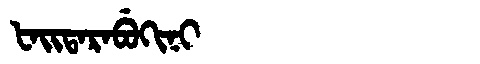
Manchu: ᡶᠠᡳᡨᠠᡵᠠᠪᡠᡴᡳᠨᡳ
Romanization: FAITARABUKINI